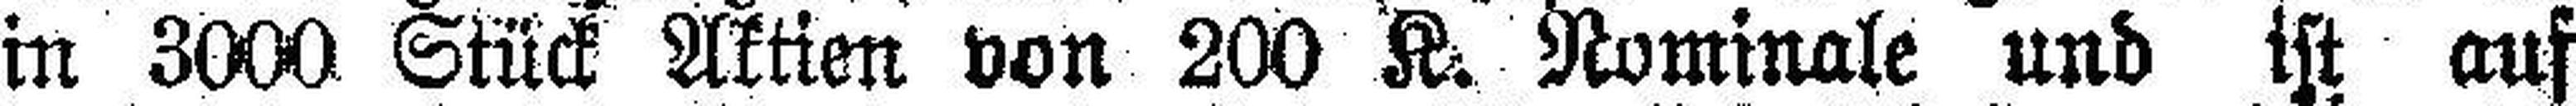
in 3000 Stück Aktien von 200 K. Nominale und ist auf